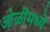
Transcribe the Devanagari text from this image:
ओळींमध्ये